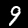
Digit: 9